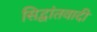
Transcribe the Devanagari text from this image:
सिद्वांतवादी